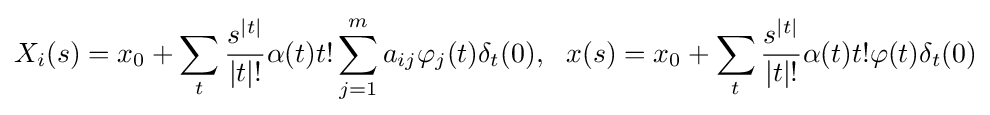
X_{i}(s)=x_{0}+\sum _{t}{s^{|t|} \over |t|!}\alpha (t)t!\sum _{j=1}^{m}a_{ij}\varphi _{j}(t)\delta _{t}(0),\,\,\,\,x(s)=x_{0}+\sum _{t}{s^{|t|} \over |t|!}\alpha (t)t!\varphi (t)\delta _{t}(0)